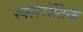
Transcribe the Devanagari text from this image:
स्क्लेरॉटिक